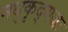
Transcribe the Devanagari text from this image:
मधुकृद्गजः